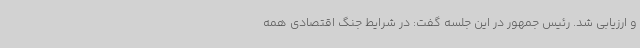
و ارزیابی شد. رئیس جمهور در این جلسه گفت: در شرایط جنگ اقتصادی همه